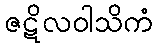
ဇဋိလဝါသိကံ